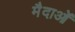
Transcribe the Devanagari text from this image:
मैदाओं